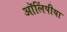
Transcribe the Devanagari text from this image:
ऑलिंपीया